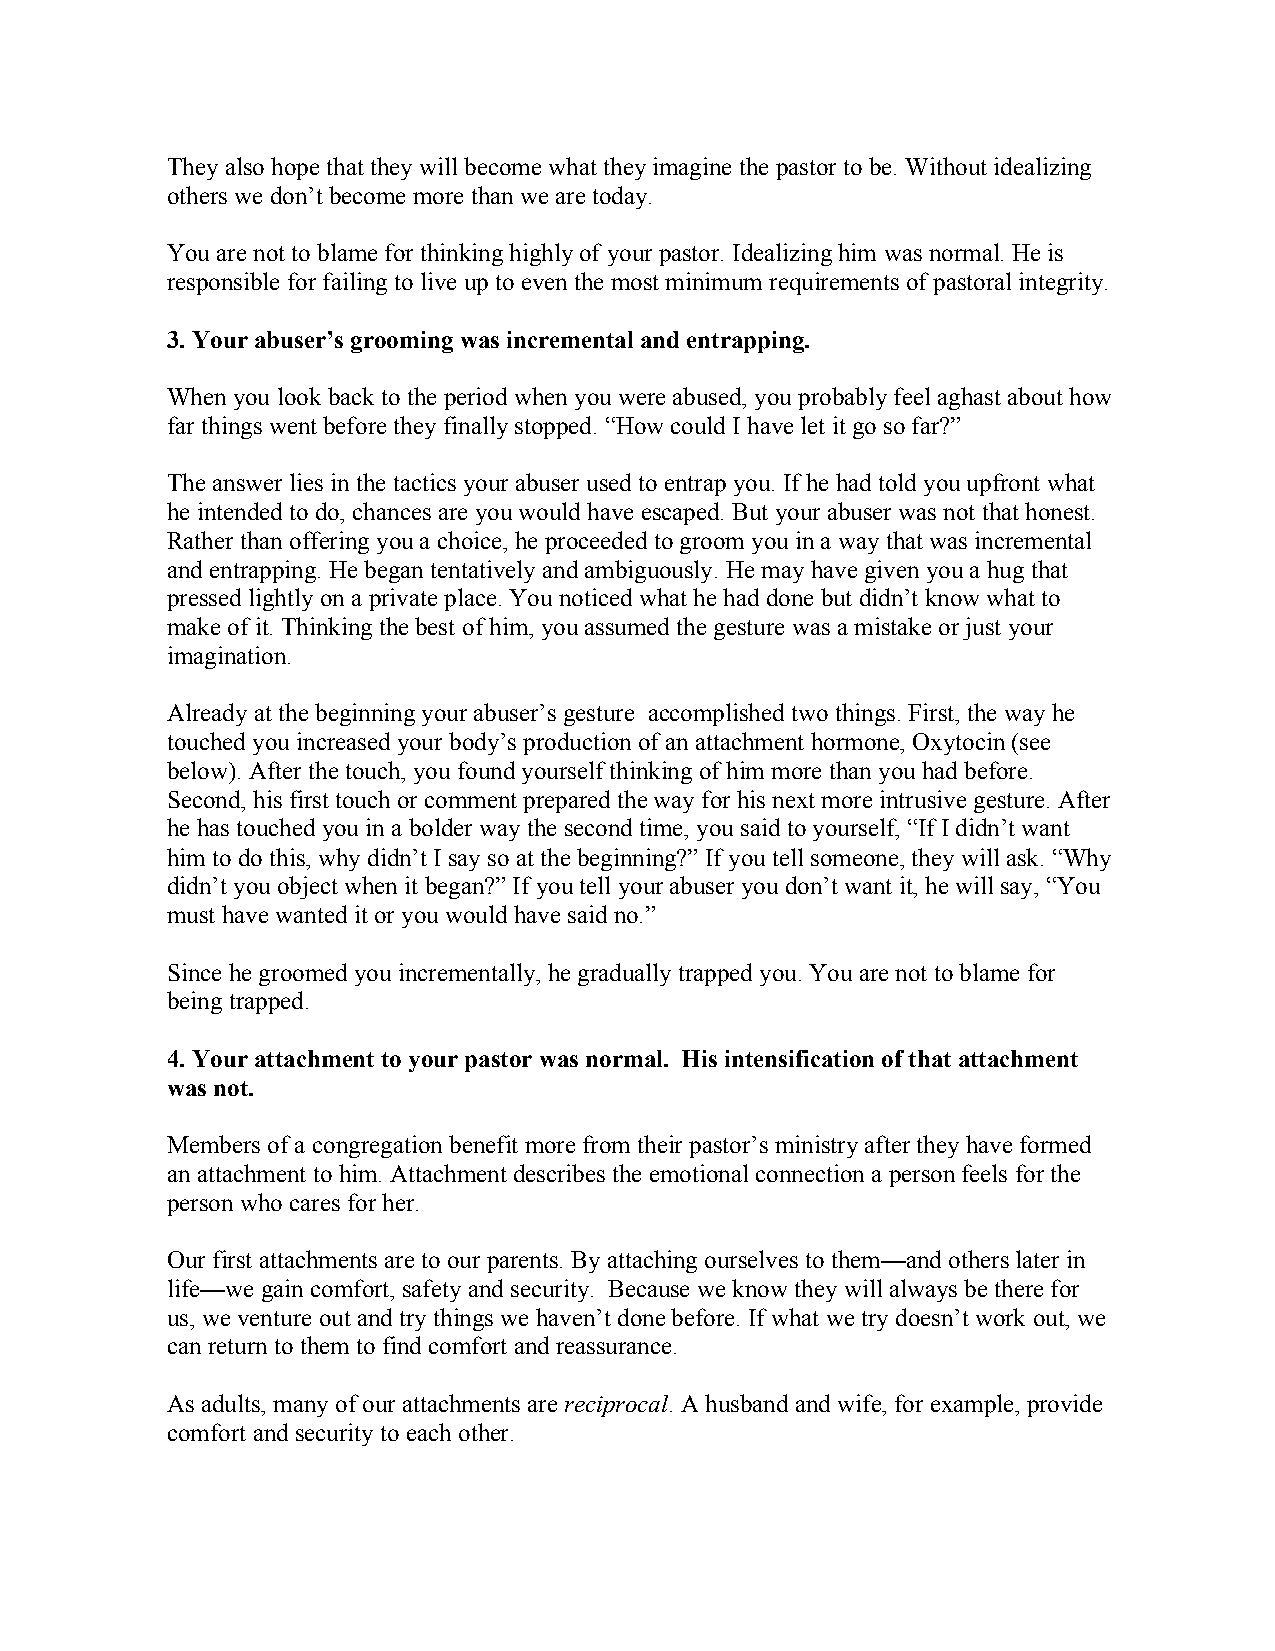
They also hope that they will become what they imagine the pastor to be. Without idealizing
 others we don’t become more than we are today.
 You are not to blame for thinking highly of your pastor. Idealizing him was normal. He is
 responsible for failing to live up to even the most minimum requirements of pastoral integrity.
 3. Your abuser’s grooming was incremental and entrapping.
 When you look back to the period when you were abused, you probably feel aghast about how
 far things went before they finally stopped. “How could I have let it go so far?”
 The answer lies in the tactics your abuser used to entrap you. If he had told you upfront what
 he intended to do, chances are you would have escaped. But your abuser was not that honest.
 Rather than offering you a choice, he proceeded to groom you in a way that was incremental
 and entrapping. He began tentatively and ambiguously. He may have given you a hug that
 pressed lightly on a private place. You noticed what he had done but didn’t know what to
 make of it. Thinking the best of him, you assumed the gesture was a mistake or just your
 imagination.
 Already at the beginning your abuser’s gesture accomplished two things. First, the way he
 touched you increased your body’s production of an attachment hormone, Oxytocin (see
 below). After the touch, you found yourself thinking of him more than you had before.
 Second, his first touch or comment prepared the way for his next more intrusive gesture. After
 he has touched you in a bolder way the second time, you said to yourself, “If I didn’t want
 him to do this, why didn’t I say so at the beginning?” If you tell someone, they will ask. “Why
 didn’t you object when it began?” If you tell your abuser you don’t want it, he will say, “You
 must have wanted it or you would have said no.”
 Since he groomed you incrementally, he gradually trapped you. You are not to blame for
 being trapped.
 4. Your attachment to your pastor was normal. His intensification of that attachment
 was not.
 Members of a congregation benefit more from their pastor’s ministry after they have formed
 an attachment to him. Attachment describes the emotional connection a person feels for the
 person who cares for her.
 Our first attachments are to our parents. By attaching ourselves to them—and others later in
 life—we gain comfort, safety and security. Because we know they will always be there for
 us, we venture out and try things we haven’t done before. If what we try doesn’t work out, we
 can return to them to find comfort and reassurance.
 As adults, many of our attachments are reciprocal. A husband and wife, for example, provide
 comfort and security to each other.